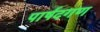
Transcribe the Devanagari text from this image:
पार्षदगण